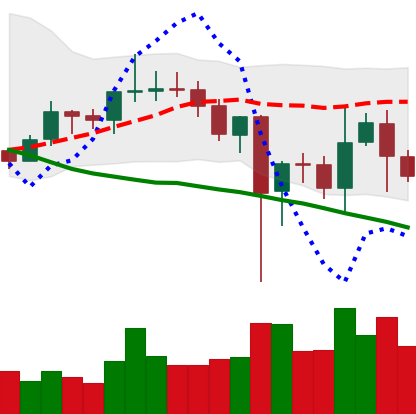
Ticker: LINK-USD
Chart end date: 2020-12-30
Forward return: 20.593%
Label: up_7plus